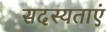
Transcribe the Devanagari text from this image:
सदस्यताएं